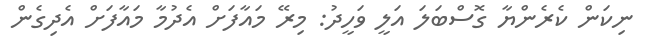
ނިކަން ކެރެންޔާ ގޮސްބަލަ އަލީ ވަހީދު: މިރޭ މައާފަށް އެދުމާ މައާފަށް އެދިގެން